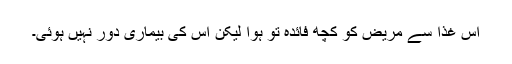
اس غذا سے مریض کو کچھ فائدہ تو ہوا لیکن اس کی بیماری دور نہیں ہوئی۔